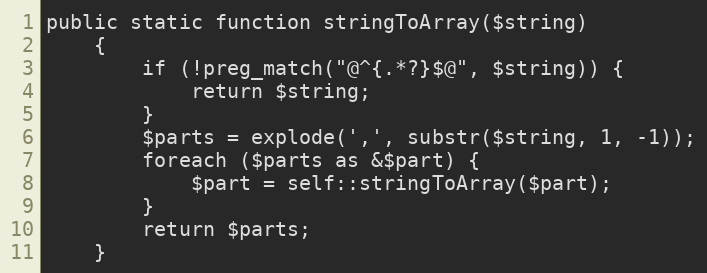
Language: PHP
public static function stringToArray($string)
    {
        if (!preg_match("@^{.*?}$@", $string)) {
            return $string;
        }
        $parts = explode(',', substr($string, 1, -1));
        foreach ($parts as &$part) {
            $part = self::stringToArray($part);
        }
        return $parts;
    }